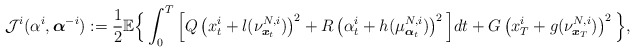
\begin{align*}\mathcal{J}^i(\alpha^i,\boldsymbol{\alpha}^{-i}):=\frac{1}{2}\mathbb{E}\Big\{\int_0^T\Big[Q\left(x^i_t+l(\nu^{N,i}_{\boldsymbol{x}_t})\right)^2+R\left(\alpha^i_t+h(\mu^{N,i}_{\boldsymbol{\alpha}_t})\right)^2\Big]dt+G\left(x^i_T+g(\nu^{N,i}_{\boldsymbol{x}_T})\right)^2\Big\},\end{align*}